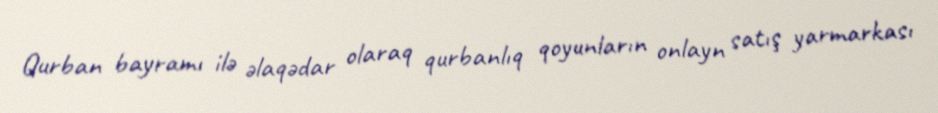
Qurban bayramı ilə əlaqədar olaraq qurbanlıq qoyunların onlayn satış yarmarkası